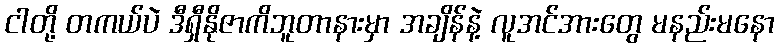
ငါတို့ တကယ်ပဲ ဒီရှီနိုဇာကိဘူတာနားမှာ အချိန်နဲ့ လူအင်အားတွေ မနည်းမနော